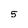
Character: 5